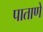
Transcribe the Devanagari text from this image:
पाताणे